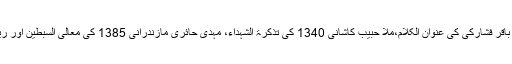
ان مذکورہ کتابوں کے علاوہ مرزا محمد تقی سپہر کی ناسخ التواریخ ،علامہ باقر فشارکی کی عنوان الکلام،ملا حبیب کاشانی 1340 کی تذکرۃ الشہداء، مہدی حائری مازندرانی 1385 کی معالی السبطین اور ریاض القدس وغیرہ نامی کتابیں بھی اسی فہرست کا حصہ سمجھی جاتی ہیں ۔